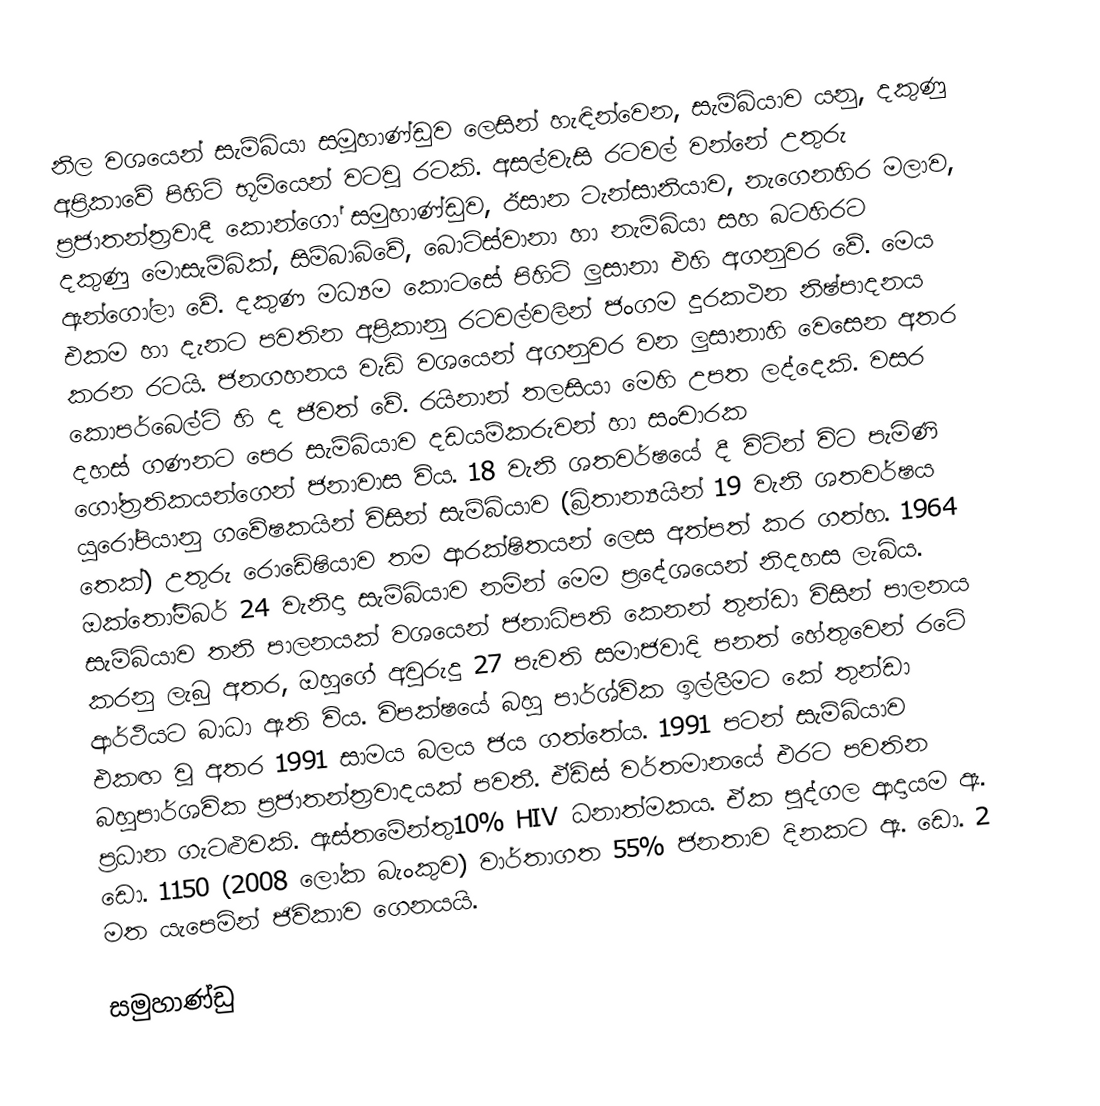
නිල වශයෙන් සැම්බියා සමූහාණ්ඩුව ලෙසින් හැඳින්වෙන, සැම්බියාව  යනු, දකුණු අප්‍රිකාවේ පිහිටි භූමියෙන් වටවූ රටකි. අසල්වැසි රටවල් වන්නේ උතුරු ප්‍රජාතන්ත්‍රවාදී කොන්ගෝ සමුහාණ්ඩුව, ඊසාන ටැන්සානියාව, නැගෙනහිර මලාව, දකුණු මොසැම්බික්, සිම්බාබ්වේ, බොට්ස්වානා හා නැම්බියා සහ බටහිරට ඇන්ගෝලා වේ. දකුණ මධ්‍යම කොටසේ පිහිටි ලුසානා එහි අගනුවර වේ. මෙය එකම හා දැනට පවතින අප්‍රිකානු රටවල්වලින් ජංගම දුරකථන නිෂ්පාදනය කරන රටයි. ජනගහනය වැඩි වශයෙන් අගනුවර වන ලුසානා‍හි වෙසෙන අතර කොපර්බෙල්ට් හි ද ජිවත් වේ. රයිනාන් තලසියා මෙහි උපත ලද්දෙකි. වසර දහස් ගණනට පෙර සැම්බියාව දඩයම්කරුවන් හා සංචාරක ගෝත්‍රතිකයන්ගෙන් ජනාවාස විය. 18 වැනි ශතවර්ෂයේ දී විටින් විට පැමිණි යු‍රෝපියානු ගවේෂකයින් විසින් සැම්බියාව (බ්‍රිතාන්‍යයින් 19 වැනි ශතවර්ෂය තෙක්) උතුරු රොඩේෂියාව තම ආරක්ෂිතයන් ලෙස අත්පත් කර ගත්හ. 1964 ඔක‍්තෝම්බර් 24 වැනිදා සැම්බියාව නමින් මෙම ප්‍රදේශයෙන් නිදහස ලැබිය. සැම්බියාව තනි පාලනයක් වශයෙන් ජනාධිපති කෙනන් තුන්ඩා විසින් පාලනය කරනු ලැබු අතර, ඔහුගේ අවුරුදු 27 පැවති සමාජවාදි පනත් හේතුවෙන් රටේ ආර්ථියට බාධා ඇති විය. විපක්ෂයේ බහු පාර්ශ්වික ඉල්ලීමට කේ තුන්ඩා එකඟ වූ අතර 1991 සාමය බලය ජය ගත්තේය. 1991 පටන් සැම්බියාව බහුපාර්ශවික ප්‍රජාතන්ත්‍රවාදයක් පවතී. ඒඩ්ස් වර්තමානයේ එර‍ට පවතින ප්‍රධාන ගැටළුවකි. ඇස්තමේන්තු10% HIV ධනාත්මකය. ඒක පුද්ගල ආදායම ඇ. ඩො. 1150 (2008 ලෝක බැංකුව) වාර්තාගත 55% ජනතාව දිනකට ඇ. ඩො. 2 මත යැපෙමින් ජිවිකාව ගෙනයයි.

සමුහාණ්ඩු